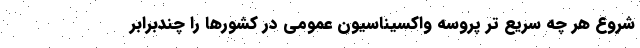
شروع هر چه سریع تر پروسه واکسیناسیون عمومی در کشورها را چندبرابر